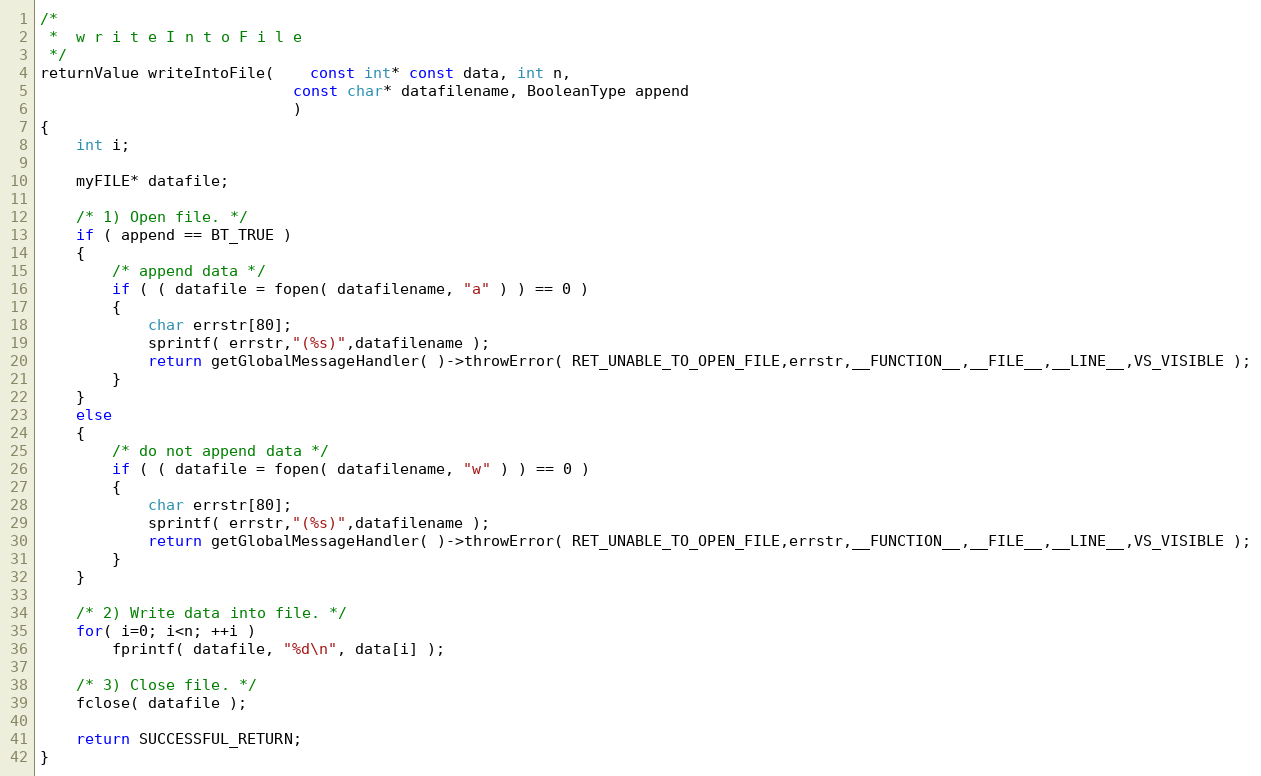
Language: C++
/*
 *	w r i t e I n t o F i l e
 */
returnValue writeIntoFile(	const int* const data, int n,
							const char* datafilename, BooleanType append
							)
{
	int i;

	myFILE* datafile;

	/* 1) Open file. */
	if ( append == BT_TRUE )
	{
		/* append data */
		if ( ( datafile = fopen( datafilename, "a" ) ) == 0 )
		{
			char errstr[80];
			sprintf( errstr,"(%s)",datafilename );
			return getGlobalMessageHandler( )->throwError( RET_UNABLE_TO_OPEN_FILE,errstr,__FUNCTION__,__FILE__,__LINE__,VS_VISIBLE );
		}
	}
	else
	{
		/* do not append data */
		if ( ( datafile = fopen( datafilename, "w" ) ) == 0 )
		{
			char errstr[80];
			sprintf( errstr,"(%s)",datafilename );
			return getGlobalMessageHandler( )->throwError( RET_UNABLE_TO_OPEN_FILE,errstr,__FUNCTION__,__FILE__,__LINE__,VS_VISIBLE );
		}
	}

	/* 2) Write data into file. */
	for( i=0; i<n; ++i )
		fprintf( datafile, "%d\n", data[i] );

	/* 3) Close file. */
	fclose( datafile );

	return SUCCESSFUL_RETURN;
}